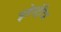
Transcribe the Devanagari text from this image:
इलेस्‍ट्रेटिड